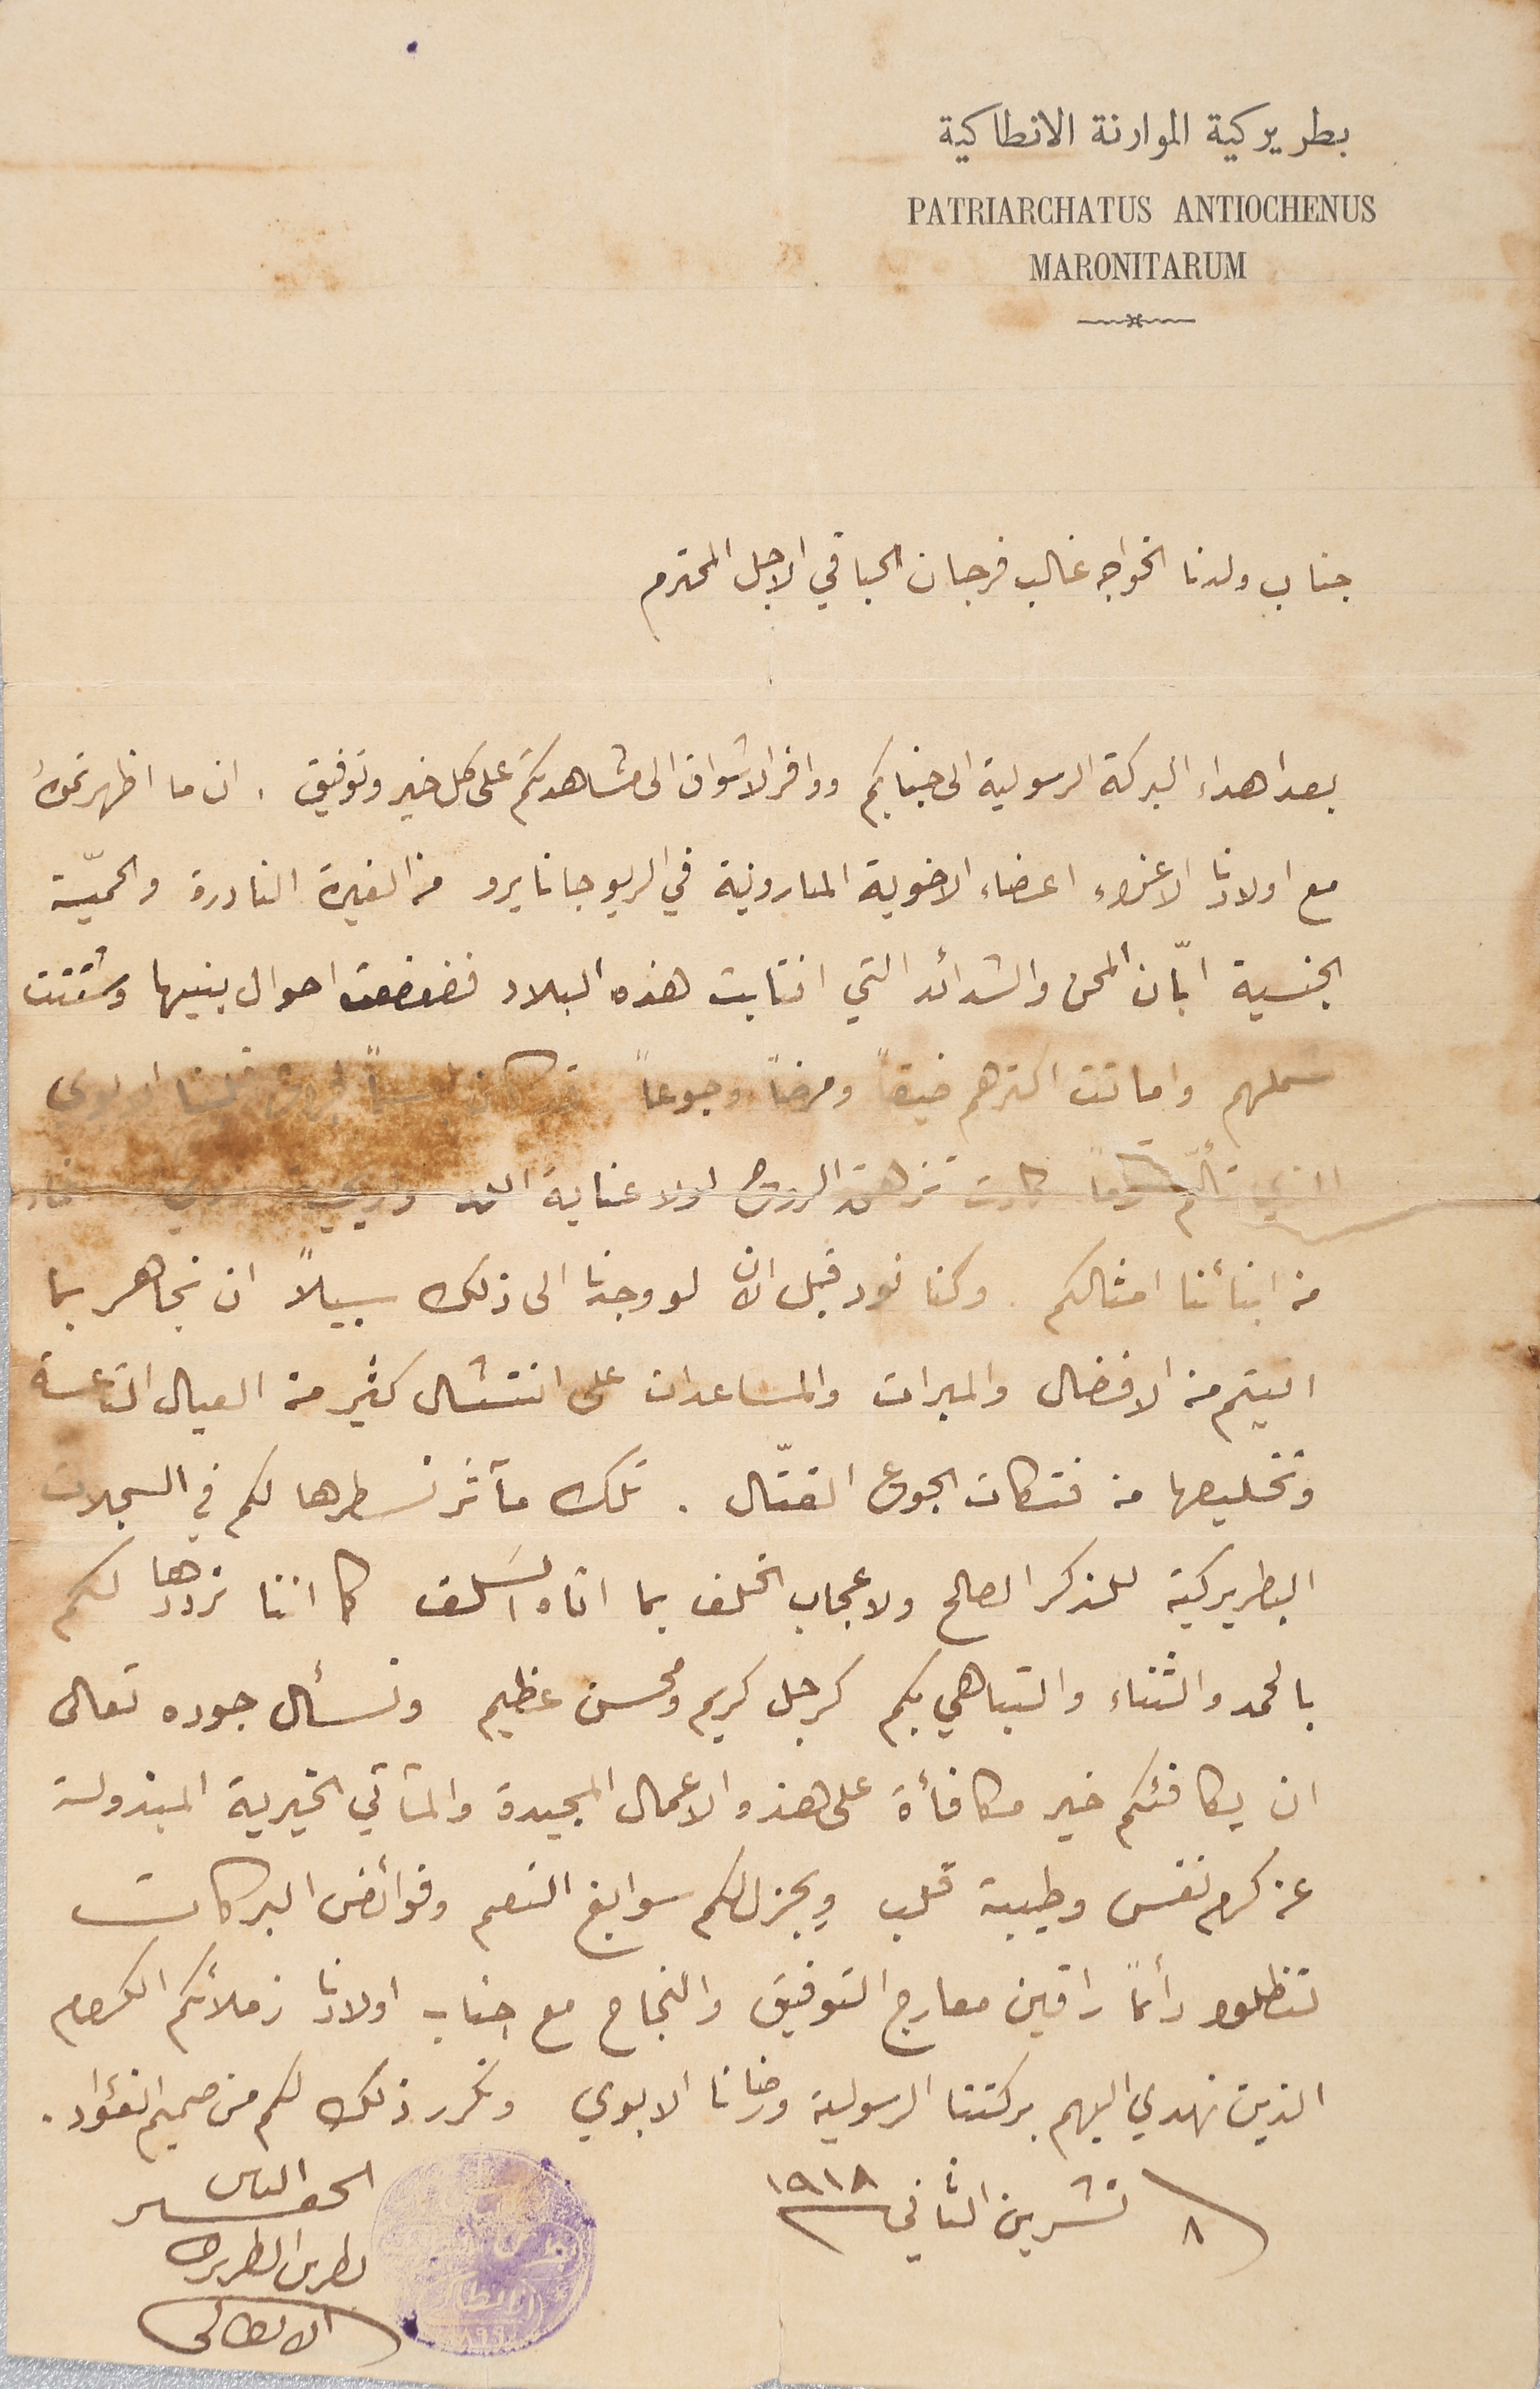
بطريركية الموارنة الانطاكية
PATRIARCHATUS ANTIOCHENUS
جناب ولدنا الخواجه غالب فرجان الحباقي الاجل المحترم
 بعد اهداء البركة الرسولية الى جنابكم ووافر الاشواق الى مشاهدتكم على كل خير وتوفيق . ان ما اظهرتموه
مع اولادنا الاعزاء اعضاء الاخوية المارونية في الريو جانايرو من الغيرة النادرة والحميّة
 الجنسية ابّان المحن والشدائد التي انتابت هذه البلاد فضعضعت احوال بنيها وشتتت
شملهم واماتت اكثرهم ضيقاً ومرضاً وجوعاً
الذي تألم الاماً كادت تزهق الروح لولا عنايه الله
من ابنائنا امثالكم وكنا نود قبل الان لو وجدنا الى ذلك سبيلاً ان نجاهر بما
اتيتم من الافضال والمبرات والمساعدات على انتشال كثير من العيال التاعسة
وتخليصها من فتكات الجوع القتّال. تلك مآثر نسطرها لكم في السجلات
البطريركية للذكر الصالحِ ولاعجاب الخلف بما اتاه السَلف كما اننا نرددها لكم
بالحمد والثناء والتباهي بكم كرجل كريم ومحسن عظيم ونسأل جوده تعالى
 ان يكافئكم خير مكافأة على هذه الاعمال المجيدة والمآتي الخيرية المبذولة
عن كرم نفس وطيبة قلب ويجزل لكم سوابغ النعم وفوائض البركات
لتظلوا دائمًا راقين معارج التوفيق والنجاح مع جناب اولادنا زملائكم الكرام
الذين نهدي اليهم بركتنا الرسولية ورضانا الابوي ونكرر ذلك لكم من صميم الفؤاد.
٨ تشرين الثاني سنة ١٩١٨    الحقير الياس بطرس البطريرك
الانطاكى
MARONITARUM